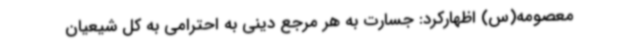
معصومه(س) اظهارکرد: جسارت به هر مرجع دینی به احترامی به کل شیعیان